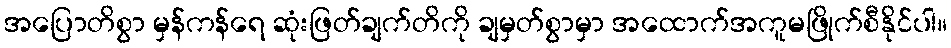
အပြောတိစွာ မှန်ကန်ရေ ဆုံးဖြတ်ချက်တိကို ချမှတ်စွာမှာ အထောက်အကူမဖြိုက်စီနိုင်ပါ။